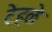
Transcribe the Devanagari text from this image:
टेहळे